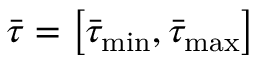
{ { \bar { \tau } } } = \left[ { \bar { \tau } _ { \operatorname* { m i n } } } , { \bar { \tau } _ { \operatorname* { m a x } } } \right]